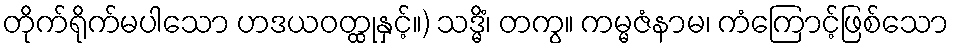
တိုက်ရိုက်မပါသော ဟဒယဝတ္ထုနှင့်။) သဒ္မိံ၊ တကွ။ ကမ္မဇံနာမ၊ ကံကြောင့်ဖြစ်သော